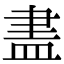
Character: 𥁞